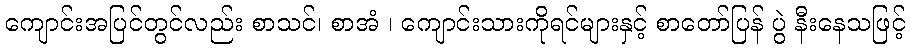
ကျောင်းအပြင်တွင်လည်း စာသင်၊ စာအံ ၊ ကျောင်းသားကိုရင်များနှင့် စာတော်ပြန် ပွဲ နီးနေသဖြင့်